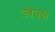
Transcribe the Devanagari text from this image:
ज़्वेज़्दा